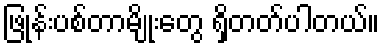
ဖြုန်းပစ်တာမျိုးတွေ ရှိတတ်ပါတယ်။